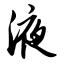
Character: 液